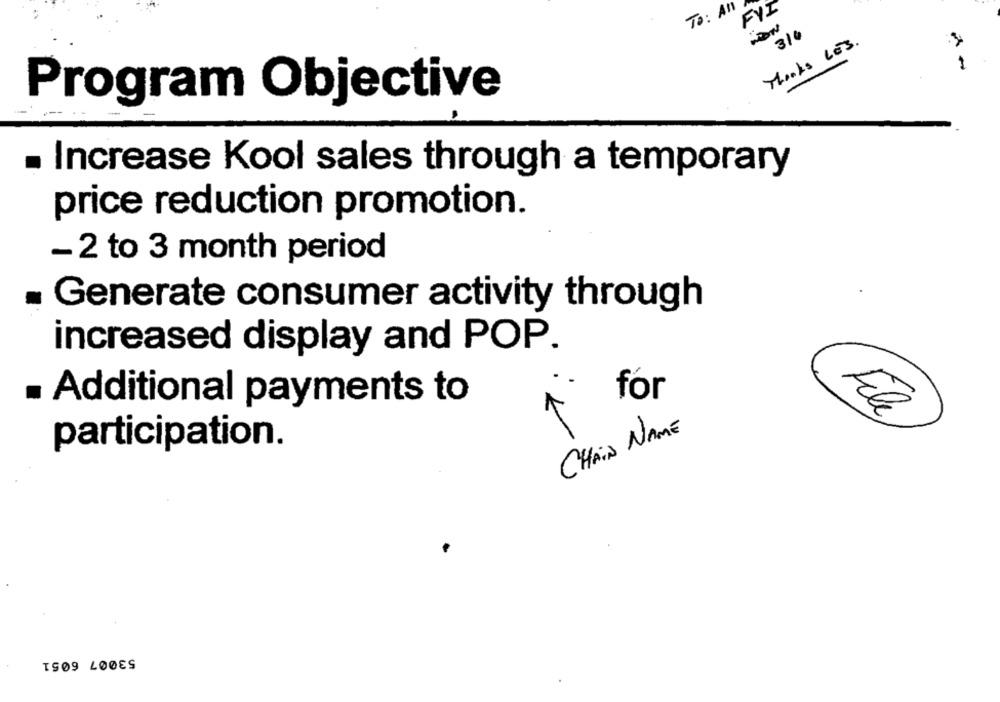
78: AN
FYI
-ON
3/6
Thanks LES.
-
Program Objective
. Increase Kool sales through a temporary
price reduction promotion.
- 2 to 3 month period
Generate consumer activity through
increased display and POP.
for
Additional payments to
file
CHAIN NAME
participation.
IS09 LOOES